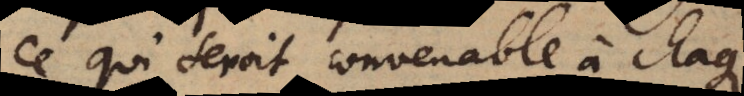
ce qui seroit convenable à chaque